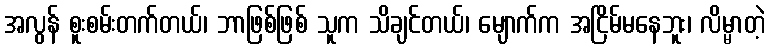
အလွန် စူးစမ်းတက်တယ်၊ ဘာဖြစ်ဖြစ် သူက သိချင်တယ်၊ မျောက်က အငြိမ်မနေဘူး၊ လိမ္မာတဲ့